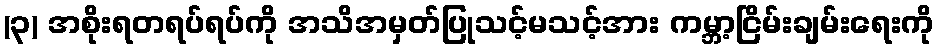
(၃) အစိုးရတရပ်ရပ်ကို အသိအမှတ်ပြုသင့်မသင့်အား ကမ္ဘာ့ငြိမ်းချမ်းရေးကို